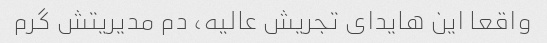
واقعا این هایدای تجریش عالیه، دم مدیریتش گرم